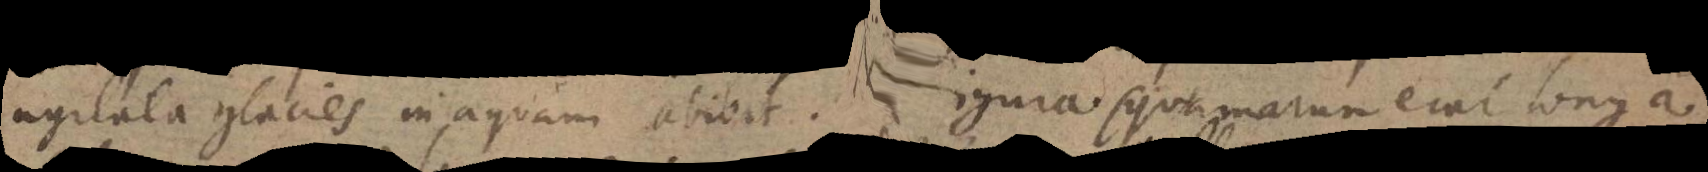
agitata glacies in aquam abibat. Figura squamarum erat longa